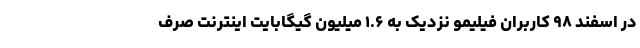
در اسفند ۹۸ کاربران فیلیمو نزدیک به ۱.۶ میلیون گیگابایت اینترنت صرف